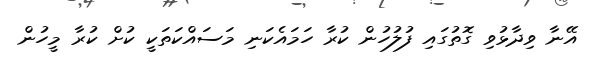
އޭނާ ވިދާޅުވި ގޮތުގައި ފުލުހުން ކުރާ ހަމައެކަނި މަސައްކަތަކީ ކުށް ކުރާ މީހުން